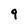
Character: 9